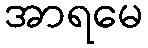
အာရမေ